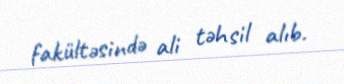
fakültəsində ali təhsil alıb.